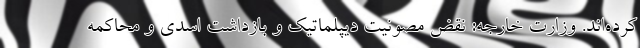
کرده‌اند. وزارت خارجه: نقض مصونیت دیپلماتیک و بازداشت اسدی و محاکمه